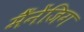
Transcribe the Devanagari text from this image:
मैँनेंजिग